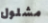
مشلول